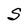
Character: S